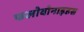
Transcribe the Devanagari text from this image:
फलोवोनाइडस